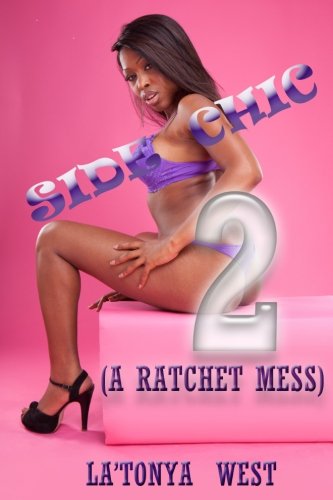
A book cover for Side Chic 2: (A Ratchet Mess); La'Tonya West; Literature & Fiction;